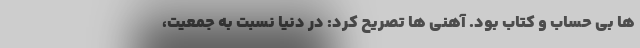
ها بی حساب و کتاب بود. آهنی ها تصریح کرد: در دنیا نسبت به جمعیت،